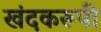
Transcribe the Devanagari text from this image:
खंदकरूपी